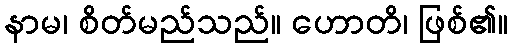
နာမ၊ စိတ်မည်သည်။ ဟောတိ၊ ဖြစ်၏။